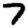
Digit: 7